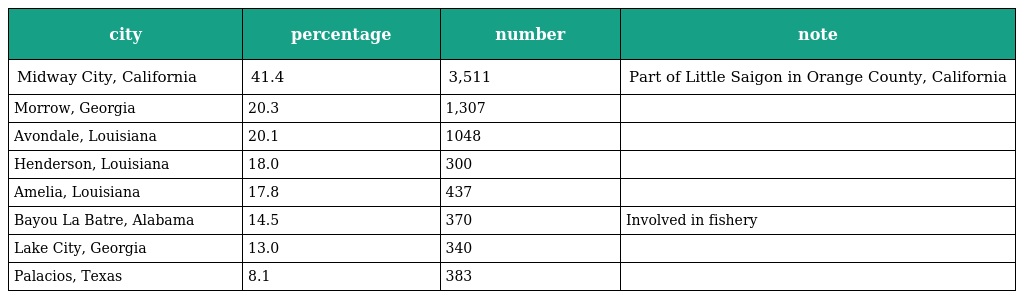
| city | percentage | number | note |
 | --- | --- | --- | --- |
 | Midway City, California | 41.4 | 3,511 | Part of Little Saigon in Orange County, California |
 | Morrow, Georgia | 20.3 | 1,307 |  |
 | Avondale, Louisiana | 20.1 | 1048 |  |
 | Henderson, Louisiana | 18.0 | 300 |  |
 | Amelia, Louisiana | 17.8 | 437 |  |
 | Bayou La Batre, Alabama | 14.5 | 370 | Involved in fishery |
 | Lake City, Georgia | 13.0 | 340 |  |
 | Palacios, Texas | 8.1 | 383 |  |